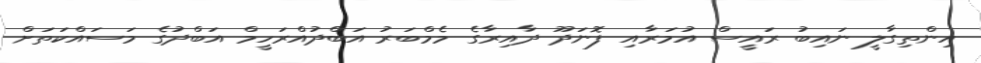
އިންތިގާލީ ނައިބު ރައީސް އުމަރާއި ފޮނަދޫ ދާއިރާގެ މެމްބަރު އަބްދުއްރަހީމް އަބްދުގެ މަސައްކަތަށް